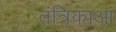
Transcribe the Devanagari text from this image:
तंत्रिकाआं